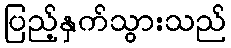
ပြည့်နှက်သွားသည်